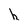
Character: h